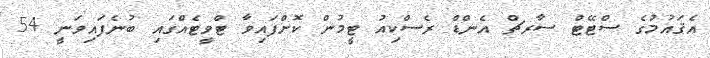
އެޤައުމުގެ ސްޓޭޓް ސާރޗް އެންޑް ރެސްކިއު ޓީމުން ކޮށްފައިވާ ޓްވީޓެއްގައި ބުނެފައިވަނީ 54